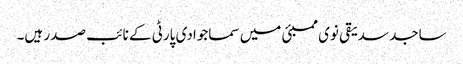
ساجد سدیقی نوی ممبئی میں سماجوادی پارٹی کے نائب صدر ہیں۔